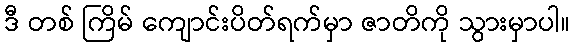
ဒီ တစ် ကြိမ် ကျောင်းပိတ်ရက်မှာ ဇာတိကို သွားမှာပါ။